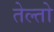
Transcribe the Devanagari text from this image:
तेल्तो